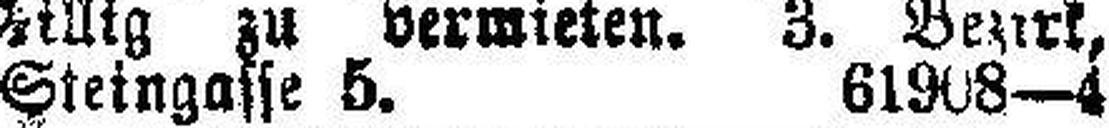
Steingasse 5. 61908—4